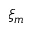
\xi _ { m }